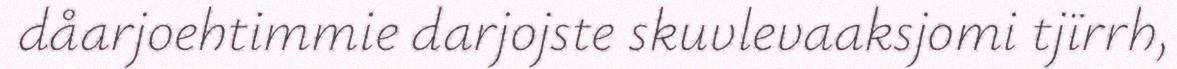
dåarjoehtimmie darjojste skuvlevaaksjomi tjïrrh,